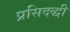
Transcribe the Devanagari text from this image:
प्रसिदद्धी